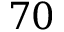
7 0